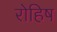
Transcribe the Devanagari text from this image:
रोहिष